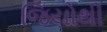
જિયોથી